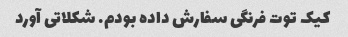
کیک توت فرنگی سفارش داده بودم. شکلاتی آورد